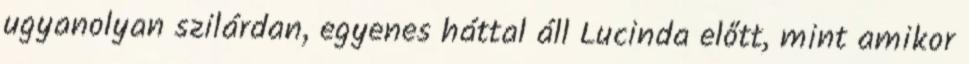
ugyanolyan szilárdan, egyenes háttal áll Lucinda előtt, mint amikor